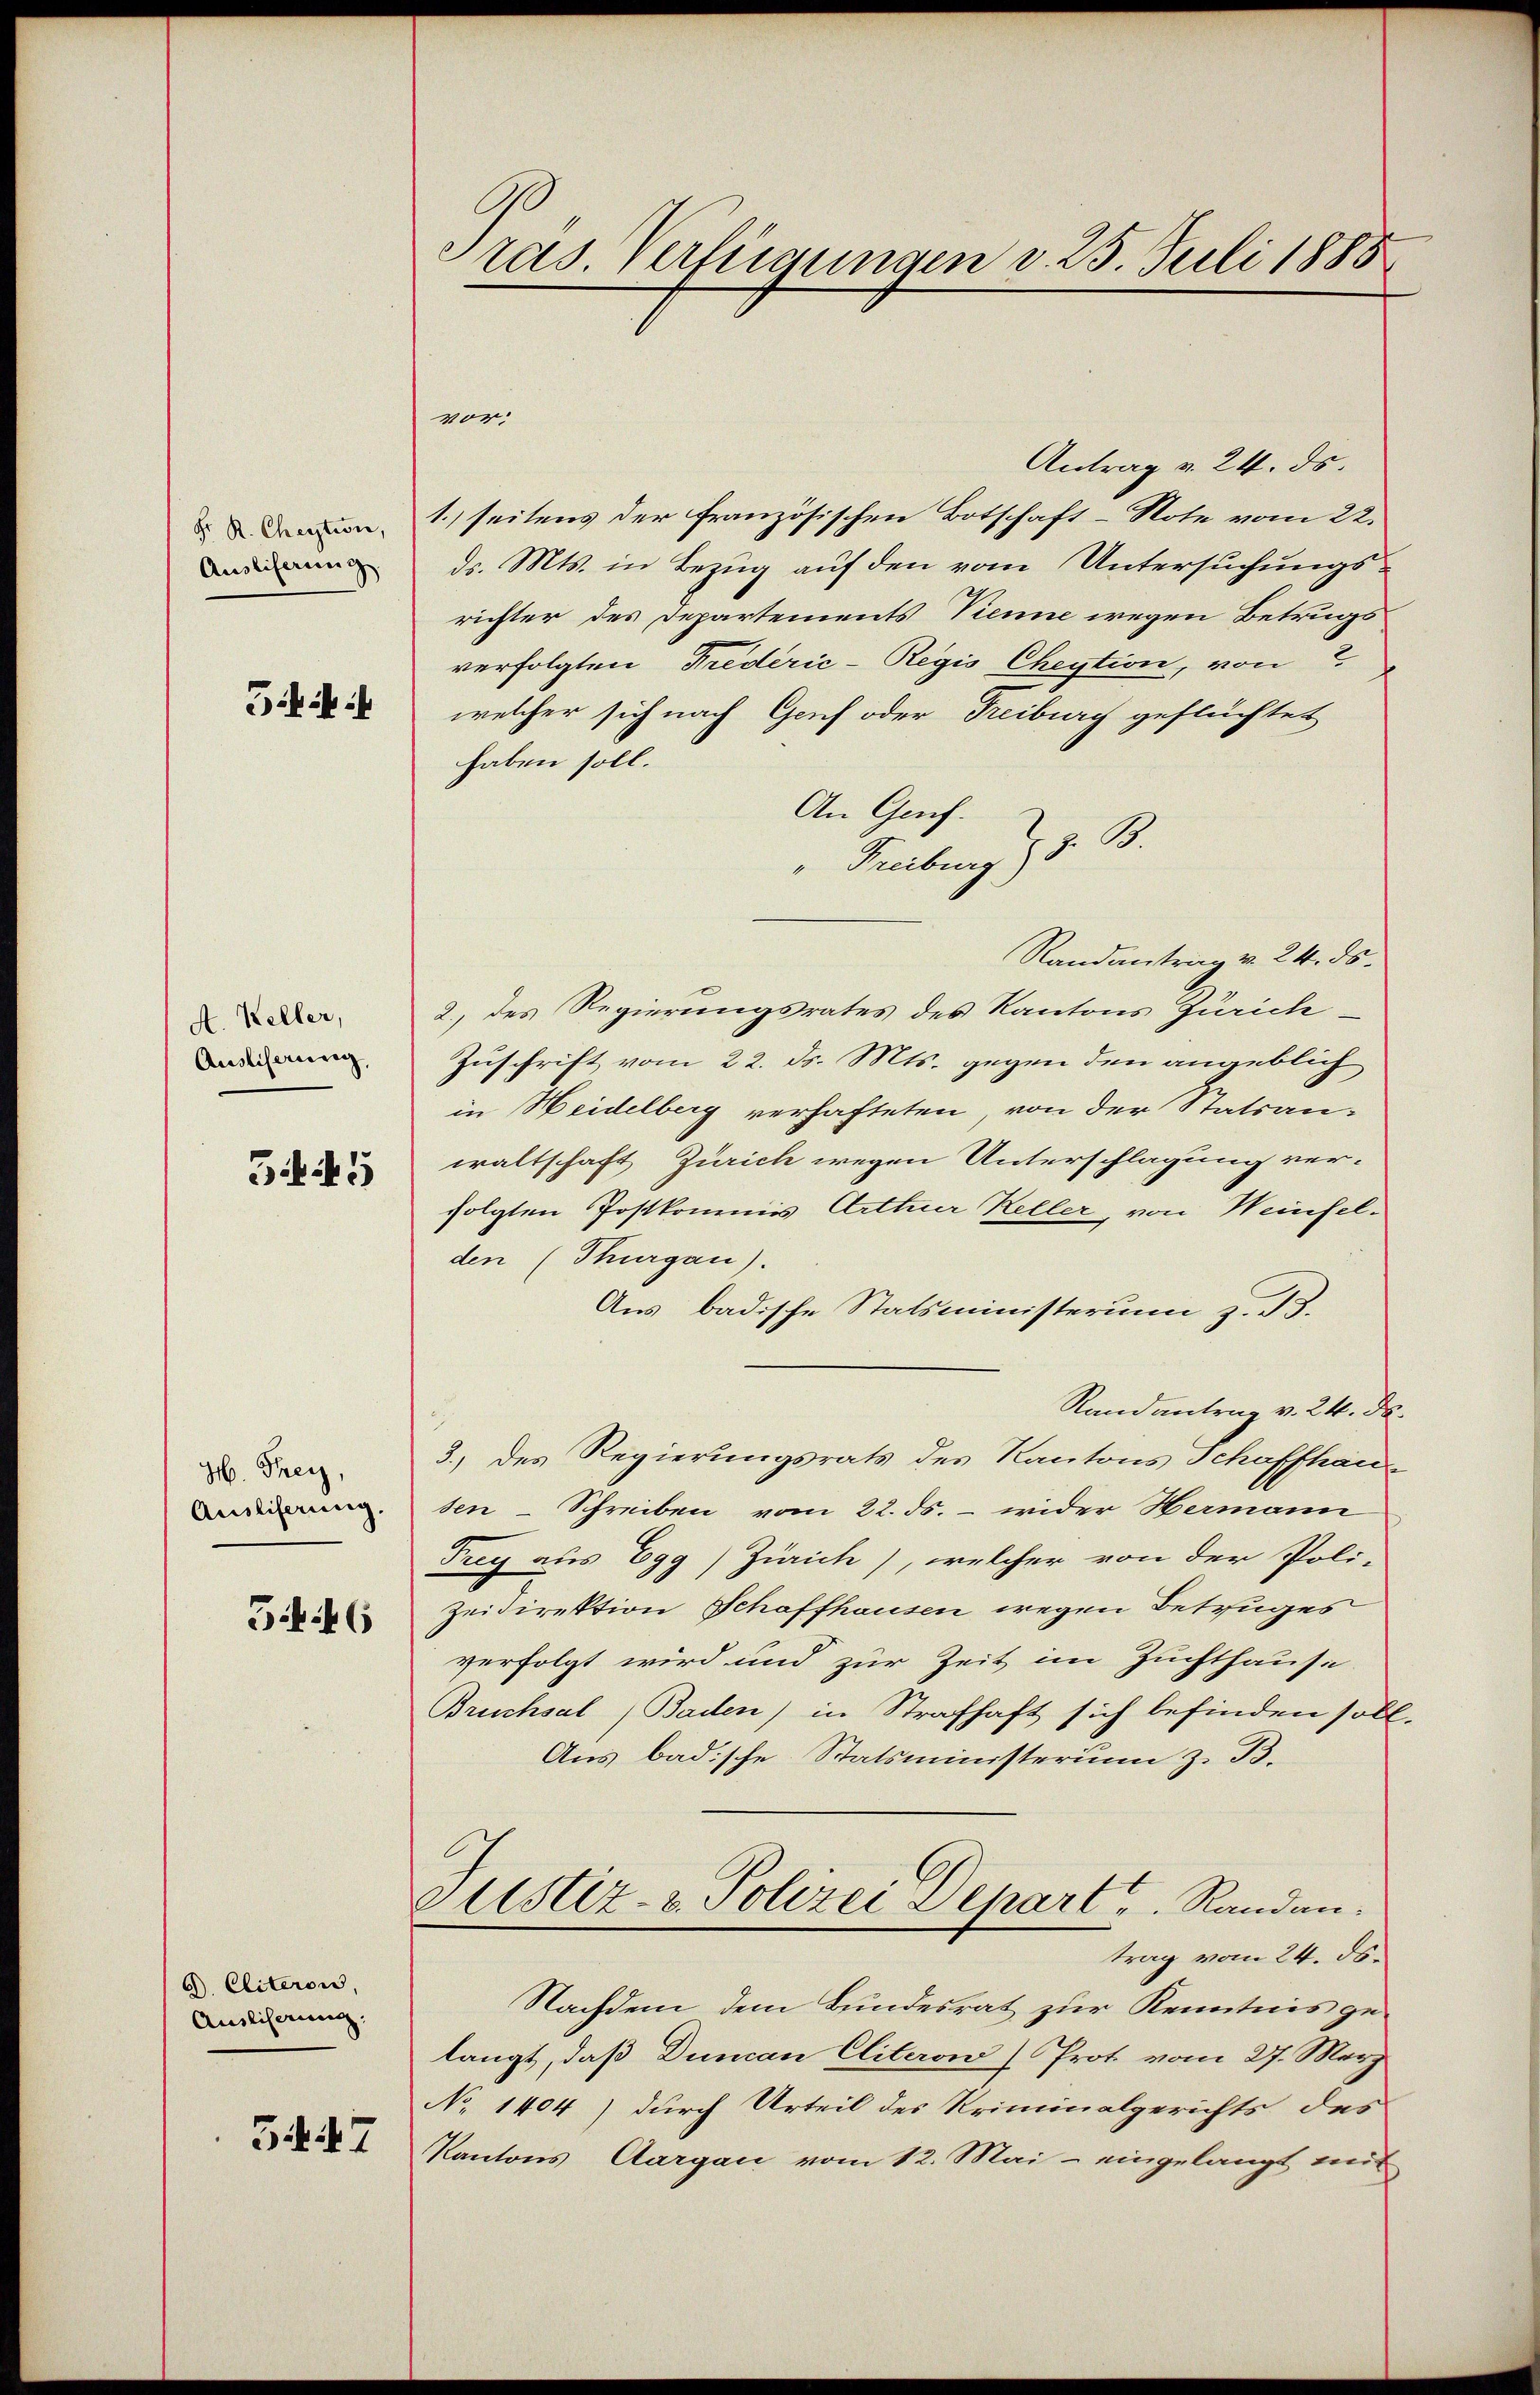
Fr. R. Cheption,
Auslieferung

Giil

A. Keller,
Ausliserung,

345

H. Frey,
Ausliferung.

546

A. Cliteron,
Ausliserung.

5447

Pras. Verfügungen v. 25. Juli 1888

vor:
Antrag v. 24. ds.
1. seitens der französischen Botschaft-Note vom 22.
d. Mts. in Bezug auf den vom Untersuchungsrichter des Departements Tienne wegen Betrugs
verfolgten Frederie-Regis Cheytion, von
welcher sich nach Genf oder Freiburg geflüchtet
haben soll.
An Genf.
" Freiburg § 8. B.
Randantrag v. 24. ds.
2.) des Regierungsrates des Kantons Zürich-
Zuschrift vom 22. ds. Mts. gegen den angeblich
in Heidelberg verhafteten, von der Statsan-
waltschaft Zürich wegen Unterschlagung ver-
folgten Postkommis Arttuer Keller, von Weinfelden (Thurgau).
Aus badische Statsministerum z. B.
Randantrag v. 24. d.
3.) des Regierungsrats des Kantons Schaffhau
sen-Schreiben vom 22. ds. - wider Hermann
Trey aus Egg) Zürich), welcher von der Poli-
Zeidirektion Schaffhausen wegen Betruges
verfolgt wird und zur Zeit im Zuchthause
Bruchsal (Baden) in Strafhaft sich befinden soll.
Aus badische Statsministerium z. B.
Justiz- & Polizei Depart u. Randantrag vom 24. ds.
Nachdem dem Bundesrat zur Kenntnis gelangt, daß Duncan Eliteron Prot vom 27. März
No 1404) durch Urteil des Kriminalgerichts des
Kantons Aargau vom 12. Mai - eingelangt mit